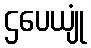
ဌပေယျုံ